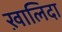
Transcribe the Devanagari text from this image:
ख़ालिदा